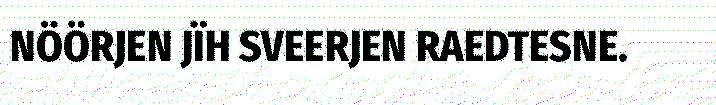
NÖÖRJEN JÏH SVEERJEN RAEDTESNE.